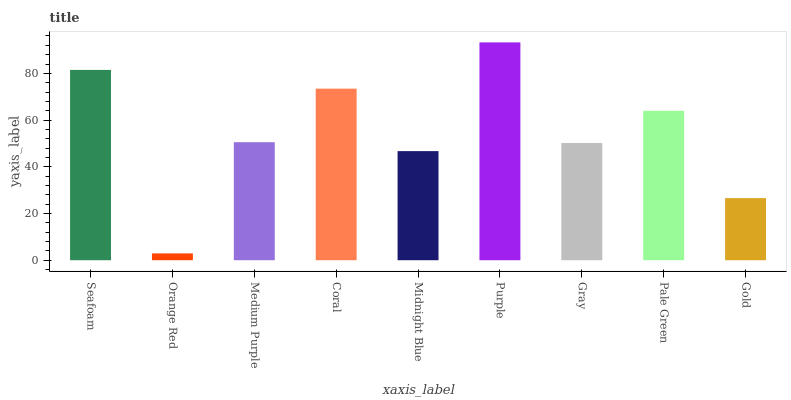
| xaxis_label | bars |
 | --- | --- |
 | Seafoam | 81.5 |
 | Orange Red | 2.92 |
 | Medium Purple | 50.5 |
 | Coral | 73.5 |
 | Midnight Blue | 46.7 |
 | Purple | 93.3 |
 | Gray | 50.2 |
 | Pale Green | 64 |
 | Gold | 26.6 |